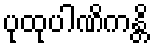
ပုထုပါဏိကန္တိ